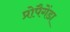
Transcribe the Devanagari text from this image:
प्रोपैगेंडा